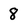
Character: 8